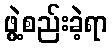
ဖွဲ့စည်းခဲ့ရာ